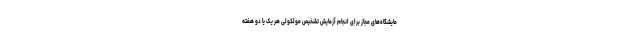
مایشگاه‌های مجاز برای انجام آزمایش تشخیص مولکولی هر یک یا دو هفته